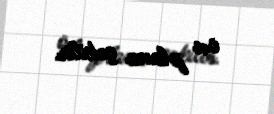
ön plana çəkilir.